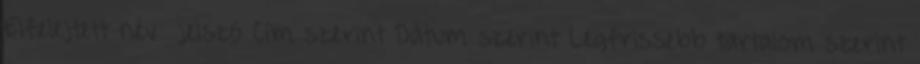
Elfelejtett név jelszó Cím szerint Dátum szerint Legfrissebb tartalom szerint